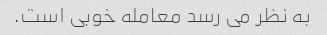
به نظر می رسد معامله خوبی است.